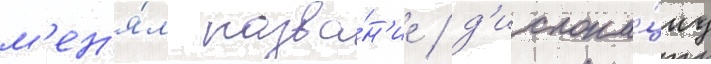
м'ен'я́л назва́н'ие / д'ислока́циу